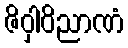
ဇိဝှါဝိညာဏံ